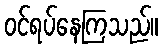
ဝင်ရပ်နေကြသည်။